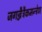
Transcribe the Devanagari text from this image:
जगज्जैत्रैकमन्त्रेण